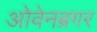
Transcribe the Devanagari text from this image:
ओवेनब्रगर